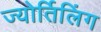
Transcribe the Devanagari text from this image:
ज्योर्तिलिंग